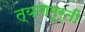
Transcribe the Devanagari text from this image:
त्यागमूर्ती